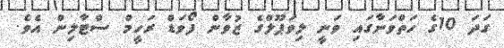
ގަދަ 10ގެ ހަތްވަނާގައި ވަނީ ލިވަޕޫލްގެ ޒުވާން ފޯވަޑް ރަހީމް ސްޓާލިން އެވެ.